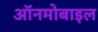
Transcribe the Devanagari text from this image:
ऑनमोबाइल